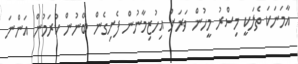
އާމަނަކަ ތެލަކީ މިސްރު މީހުން ވަރަށް އިހުޒިމާނުން ފެށިގެން ބޭނުން ކުރަމުން އަންނަ